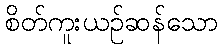
စိတ်ကူးယဉ်ဆန်သော